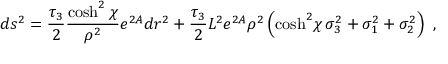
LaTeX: d s ^ { 2 } = { \frac { \tau _ { 3 } } { 2 } } { \frac { \cosh ^ { 2 } \chi } { \rho ^ { 2 } } } e ^ { 2 A } d r ^ { 2 } + { \frac { \tau _ { 3 } } { 2 } } { L ^ { 2 } } { e ^ { 2 A } } \rho ^ { 2 } \left( { \cosh ^ { 2 } \! \chi } \, \sigma _ { 3 } ^ { 2 } + \sigma _ { 1 } ^ { 2 } + \sigma _ { 2 } ^ { 2 } \right) \ ,